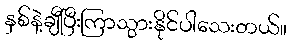
နှစ်နဲ့ချီပြီးကြာသွားနိုင်ပါသေးတယ်။